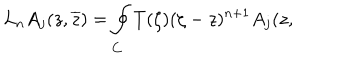
LaTeX: L _ { n } A _ { j } ( z , \overline { { { z } } } ) = \oint _ { C } T ( \zeta ) ( \zeta - z ) ^ { n + 1 } A _ { j } ( z ,